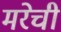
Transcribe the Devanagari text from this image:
मरेची